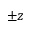
\pm z